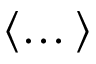
\langle \dots \rangle